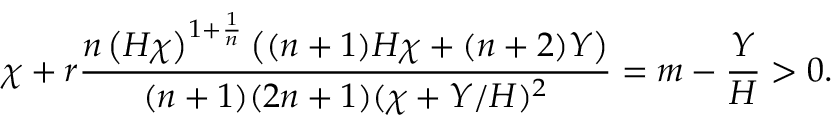
\chi + r \frac { \displaystyle { n \left( H \chi \right) ^ { 1 + \frac { 1 } { n } } \left( ( n + 1 ) H \chi + ( n + 2 ) Y \right) } } { ( n + 1 ) ( 2 n + 1 ) ( \chi + Y / H ) ^ { 2 } } = m - \frac { Y } { H } > 0 .